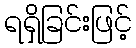
ရရှိခြင်းဖြင့်